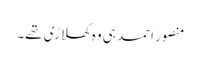
منصور احمد ہی وہ کھلاڑی تھے۔